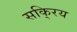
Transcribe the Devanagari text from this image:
सकि्रय